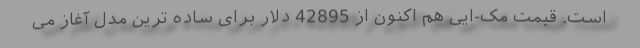
است. قیمت مک-ایی هم اکنون از 42895 دلار برای ساده ترین مدل آغاز می